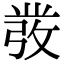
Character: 𭛁